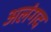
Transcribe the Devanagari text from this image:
अलंगद